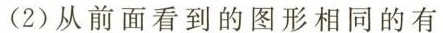
(2)从前面看到的图形相同的有